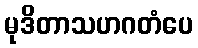
မုဒိတာသဟဂတံပေ